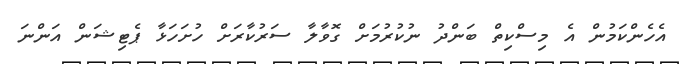
އެހެންކަމުން އެ މިސްކިތް ބަންދު ނުކުރުމަށް ގޮވާލާ ސަރުކާރަށް ހުށަހަޅާ ޕެޓިޝަން އަންނަ